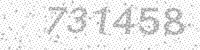
Solution: 731458